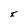
Character: I